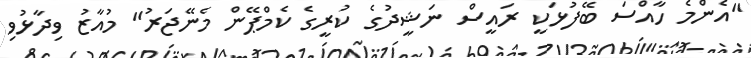
"އެންމެ ހާއްސަ ބޭފުޅަކީ ރައީސް ނަޝީދުގެ ކުރީގެ ކެމްޕޭން މެނޭޖަރު" މުއާޒު ވިދާޅުވި